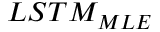
L S T M _ { M L E }